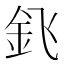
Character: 𰼠